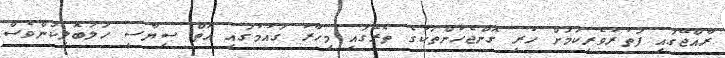
ރާއްޖޭގައި ފަތުރުވެރިކަމަށް ހުރި ގޮންޖެހުންތަކުގެ ތެރޭގައި މިހާރު ގައުމުގައި އޮތް ސިޔާސީ ހަލަބޮލިކަންވެސް